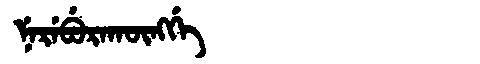
Manchu: ᠨᡝᡵᡝᠪᡠᡵᠠᡴᡡᠩᡤᡝ
Romanization: NEREBURAKŪNGGE